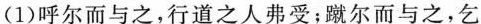
(1)呼尔而与之，行道之人弗受；蹴尔而与之，乞